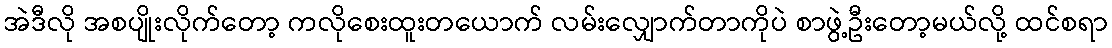
အဲဒီလို အစပျိုးလိုက်တော့ ကလိုစေးထူးတယောက် လမ်းလျှောက်တာကိုပဲ စာဖွဲ့ဦးတော့မယ်လို့ ထင်စရာ